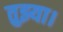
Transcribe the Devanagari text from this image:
तुझ्या।